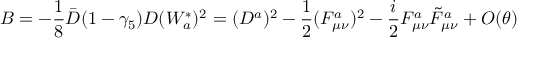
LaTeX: B = - \frac { 1 } { 8 } \bar { D } ( 1 - \gamma _ { 5 } ) D ( W _ { a } ^ { * } ) ^ { 2 } = ( D ^ { a } ) ^ { 2 } - \frac { 1 } { 2 } ( F _ { \mu \nu } ^ { a } ) ^ { 2 } - \frac { i } { 2 } F _ { \mu \nu } ^ { a } \tilde { F } _ { \mu \nu } ^ { a } + O ( \theta )